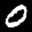
Label: 0